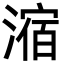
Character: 㴼